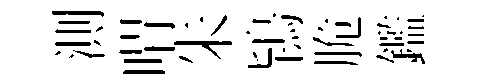
測喟朱鴇脆鑑